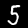
Label: 5